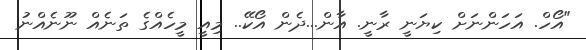
"އޯހް. އަހަންނަށް ކިޔަނީ ރާނީ. އާން...ދެން އޯކޭ.. މިއީ މީހެއްގެ ތަނެއް ނޫނެއްނު